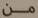
من